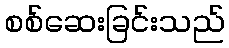
စစ်ဆေးခြင်းသည်